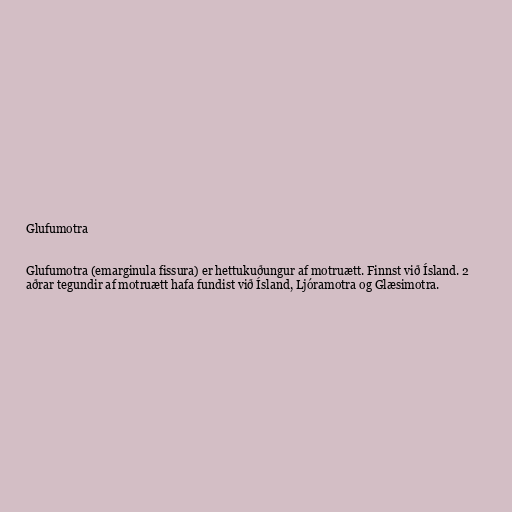
Glufumotra

Glufumotra (emarginula fissura) er hettukuðungur af motruætt. Finnst við Ísland. 2
aðrar tegundir af motruætt hafa fundist við Ísland, Ljóramotra og Glæsimotra.